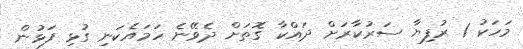
މަހަކު 1 ރުފިޔާ ސަރުކާރަށް ދައްކާ ގޮތަށް ދެވޭނެ ހަމައެކަނި ގުޅި ފަޅުން